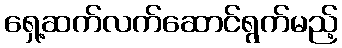
ရှေ့ဆက်လက်ဆောင်ရွက်မည့်